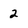
Character: 2